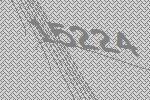
15224